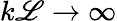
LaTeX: k\mathscr{L}\to\infty